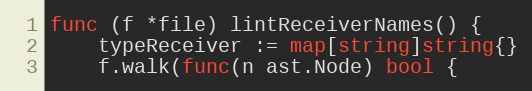
Language: Go
func (f *file) lintReceiverNames() {
	typeReceiver := map[string]string{}
	f.walk(func(n ast.Node) bool {